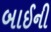
બાઈની